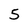
Character: 5